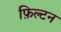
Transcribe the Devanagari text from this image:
फ़िल्टन